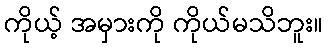
ကိုယ့် အမှားကို ကိုယ်မသိဘူး။